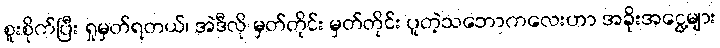
စူးစိုက်ပြီး ရှုမှတ်ရတယ်၊ အဲဒီလို မှတ်တိုင်း မှတ်တိုင်း ပူတဲ့သဘောကလေးဟာ အခိုးအငွေ့များ